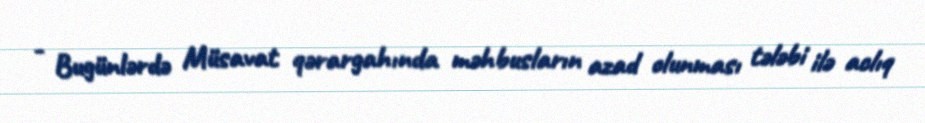
- Bugünlərdə Müsavat qərargahında məhbusların azad olunması tələbi ilə aclıq